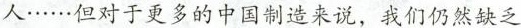
人…… 但对于更多的中国制造来说，我们仍然缺乏